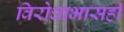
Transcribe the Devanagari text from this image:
विरोधाभासही